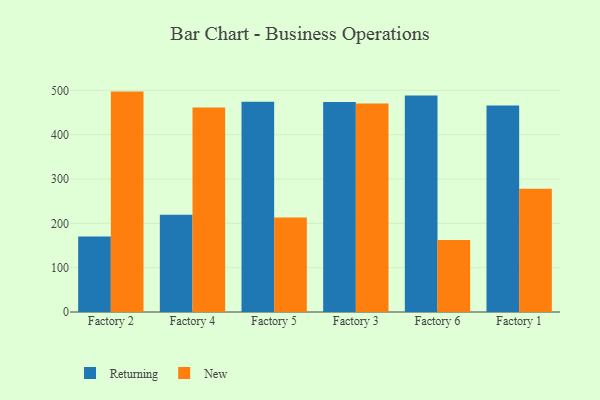
{"axis": {"x": "Factory", "y": "Conversion Rate (%)"}, "legend": ["New", "Returning"], "data": [{"x": "Factory 2", "y": 170.6, "type": "Returning"}, {"x": "Factory 2", "y": 497.2, "type": "New"}, {"x": "Factory 4", "y": 219.3, "type": "Returning"}, {"x": "Factory 4", "y": 461.3, "type": "New"}, {"x": "Factory 5", "y": 474.2, "type": "Returning"}, {"x": "Factory 5", "y": 213.0, "type": "New"}, {"x": "Factory 3", "y": 474.0, "type": "Returning"}, {"x": "Factory 3", "y": 470.2, "type": "New"}, {"x": "Factory 6", "y": 488.4, "type": "Returning"}, {"x": "Factory 6", "y": 162.5, "type": "New"}, {"x": "Factory 1", "y": 465.7, "type": "Returning"}, {"x": "Factory 1", "y": 278.0, "type": "New"}]}